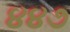
૪૪૭